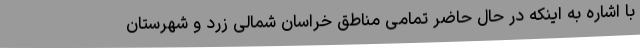
با اشاره به اینکه در حال حاضر تمامی مناطق خراسان شمالی زرد و شهرستان